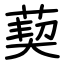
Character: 葜